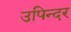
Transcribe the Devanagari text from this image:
उपिन्दर